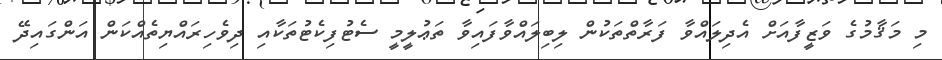
މި މަޤާމުގެ ވަޒީފާއަށް އެދިލައްވާ ފަރާތްތަކުން ލިބިލައްވާފައިވާ ތަޢުލީމީ ސެޓުފިކެޓުތަކާއި ދިވެހިރައްޔިތެއްކަން އަންގައިދޭ